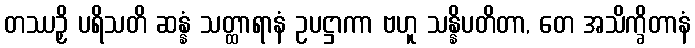
တဿဉှိ ပရိသတိ ဆန္နံ သတ္ထာရာနံ ဥပဋ္ဌာကာ ဗဟူ သန္နိပတိတာ, တေ အသိက္ခိတာနံ